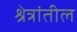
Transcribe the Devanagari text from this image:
श्रेत्रांतील